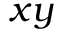
x y